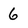
Character: 6